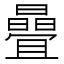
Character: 曡